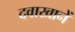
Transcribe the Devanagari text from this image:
दवाखानें